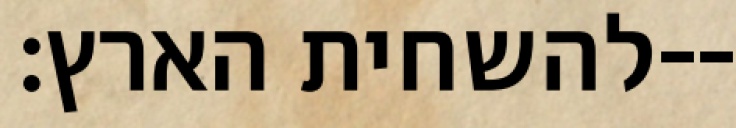
להשחית הארץ׃--